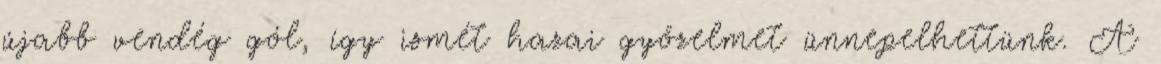
újabb vendég gól, így ismét hazai győzelmet ünnepelhettünk. A